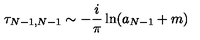
\tau _ { N - 1 , N - 1 } \sim - { \frac { i } { \pi } } \ln ( a _ { N - 1 } + m )